Civil Veterinary Dept. Bombay admin report 1914-1922 - 1914-1922
Year: 1914
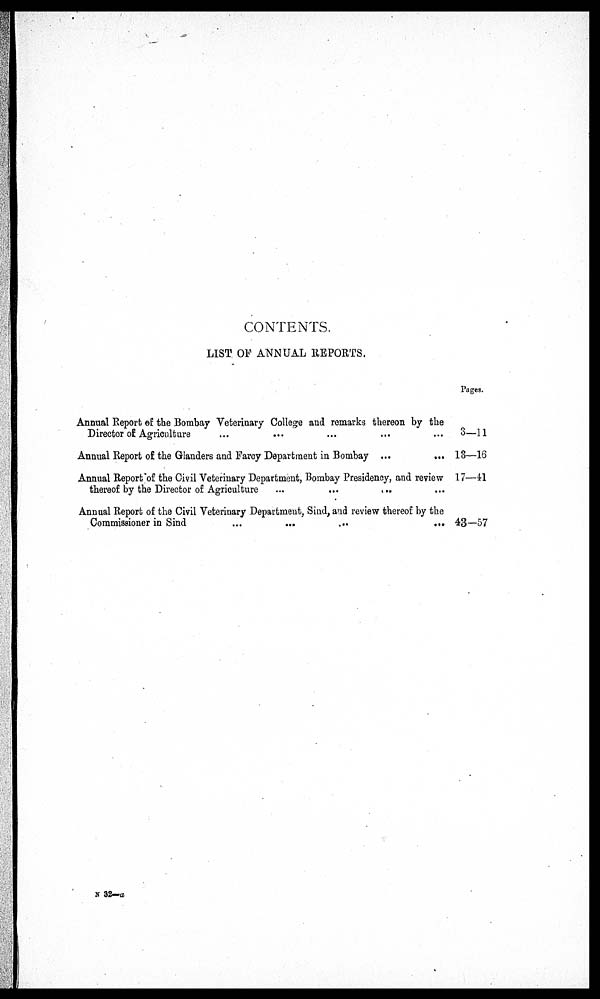
CONTENTS.
LIST OF ANNUAL REPORTS.
Annual Report of the Bombay Veterinary College and remarks thereon by the
Director of Agriculture ... ... ...
Annual Report of the Glanders and Farcy Department in Bombay ...
...
Annual Report of the Civil Veterinary Department, Bombay Presidency, and review
thereof by the Director of Agriculture ...
...
... ...
Annual Report of the Civil Veterinary Department, Sind, and review thereof by the
Commissioner in Sind
...
...
...
...
Pages.
3-11
13—16
17—41
43-57
N 32—a